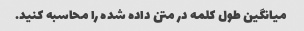
میانگین طول کلمه در متن داده شده را محاسبه کنید.